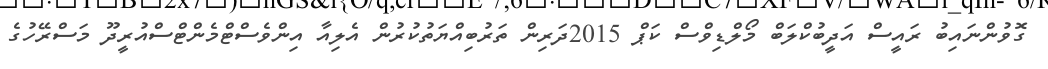
ގޮވުންނައިބު ރައީސް އަދީބުކްލަބް މޯލްޑިވްސް ކަޕް 2015ދަރިން ތަރުބިއްޔަތުކުރުން އެލިއާ އިންވެސްޓްމެންޓްސްއުރީދޫ މަސްރޭހުގެ